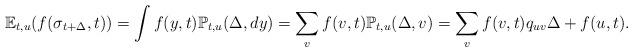
LaTeX: \begin{align*}\mathbb E_{t,u} (f(\sigma_{t+\Delta},t))=\int f(y,t)\mathbb P_{t,u}(\Delta,dy)=\sum_{v}f(v,t)\mathbb P_{t,u}(\Delta,v)=\sum_{v}f(v,t)q_{uv}\Delta+f(u,t).\end{align*}